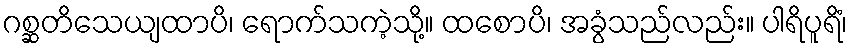
ဂစ္ဆတိသေယျထာပိ၊ ရောက်သကဲ့သို့။ ထစောပိ၊ အခွံသည်လည်း။ ပါရိပူရိံ၊